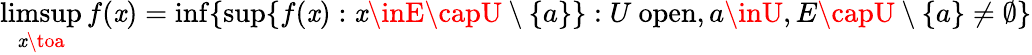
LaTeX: \operatorname*{limsup}_{\mathit{x}\toa}f(\mathit{x})=\operatorname*{inf}\{ \operatorname*{sup}\{ f(\mathit{x}):\mathit{x}\inE\capU\setminus\{ a\} \} :U\ \mathrm{{open}},a\inU,E\capU\setminus\{ a\} \neq\emptyset\}